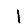
Digit: 1